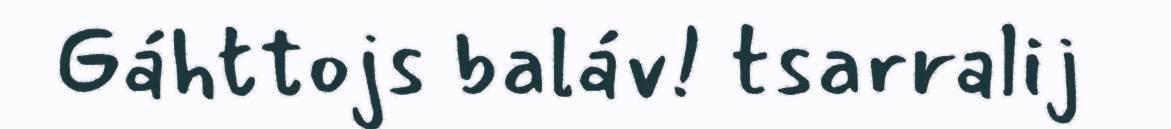
Gáhttojs baláv! tsarralij